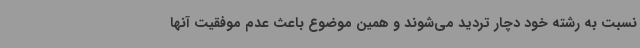
نسبت به رشته خود دچار تردید می‌شوند و همین موضوع باعث عدم موفقیت آنها